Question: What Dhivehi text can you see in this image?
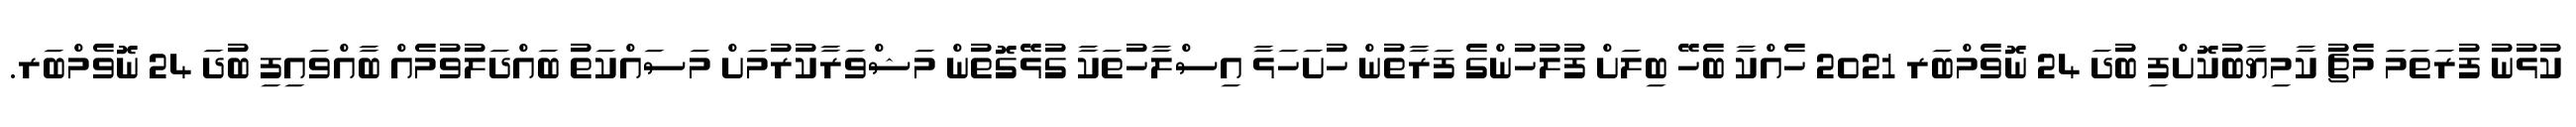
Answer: ކުޅުނު ފުރަތަމަ މެޗު ކާމިޔާބުކޮށްފި ބުދަ 24 ނޮވެމްބަރ 2021 ހެއްކާ ބެހޭ ބިލަށް ފުލުހުންގެ ފަރާތުން ހުށަހަޅާ އިސްލާހުތަކާ ގުޅޭގޮތުން މަޝްވަރާކުރުމަށް މަސައްކަތު ބައްދަލުވުމެއް ބާއްވައިފި ބުދަ 24 ނޮވެމްބަރ.